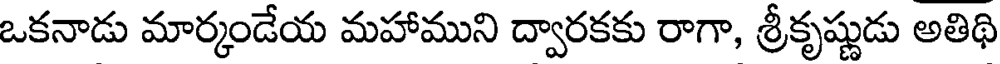
ఒకనాడు మార్మండేయ మహాముని ద్వారకకు రాగా, శ్రీకృష్ణుడు అతిథి